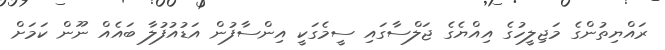
ރައްޔިތުންގެ މަޖިލީހުގެ އިއްޔެގެ ޖަލްސާގައި ސީމެގަކީ އިންސާފުން އަޑުއުފުލާ ބައެއް ނޫން ކަމަށް